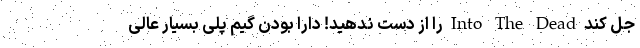
جل کند Into The Dead را از دست ندهید! دارا بودن گیم پلی بسیار عالی